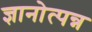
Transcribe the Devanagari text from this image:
ज्ञानोत्पन्न